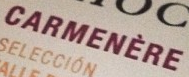
CARMENERE